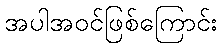
အပါအဝင်ဖြစ်ကြောင်း